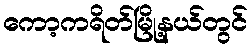
ကော့ကရိတ်မြို့နယ်တွင်